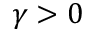
\gamma > 0